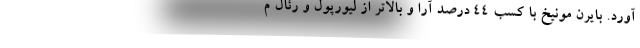
آورد. بایرن مونیخ با کسب ۴۴ درصد آرا و بالاتر از لیورپول و رئال م